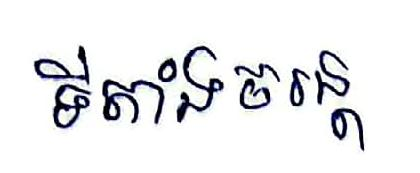
ទីតាំងចរន្ដ